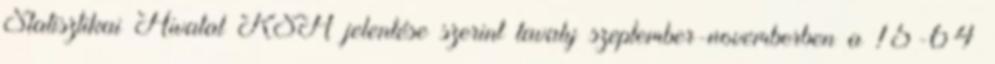
Statisztikai Hivatal KSH jelentése szerint tavaly szeptember-novemberben a 15-64